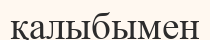
қалыбымен